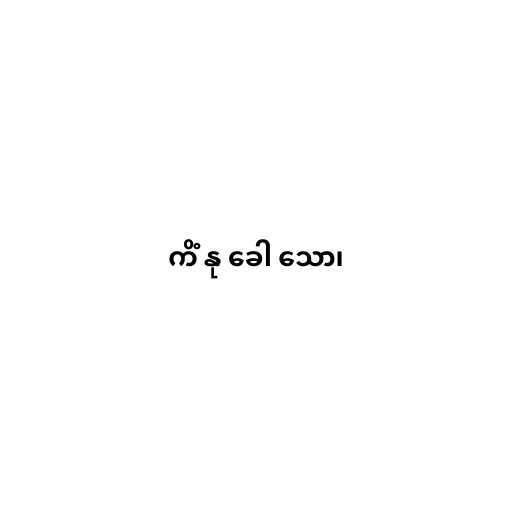
ကိံ နု ခေါ သော၊